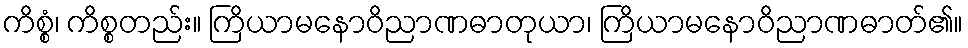
ကိစ္စံ၊ ကိစ္စတည်း။ ကြိယာမနောဝိညာဏဓာတုယာ၊ ကြိယာမနောဝိညာဏဓာတ်၏။